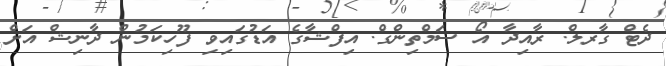
ދެޓް ގާރލް. ރާއިދާ އޯ ސަމްތިންގް. އިފްޝާގެ އަޑުގައިވި ފޫހިކަމުން ދާނިޝް އަށް